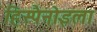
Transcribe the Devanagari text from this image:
हिस्पैनोइला